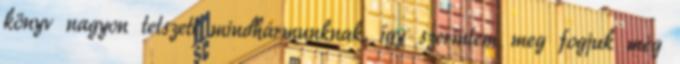
könyv nagyon tetszett mindhármunknak, így szerintem meg fogjuk még